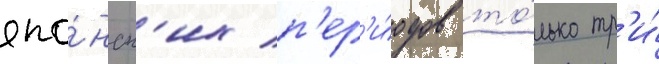
япо́нск'их п'ер'и́одов то́лько тр'и́